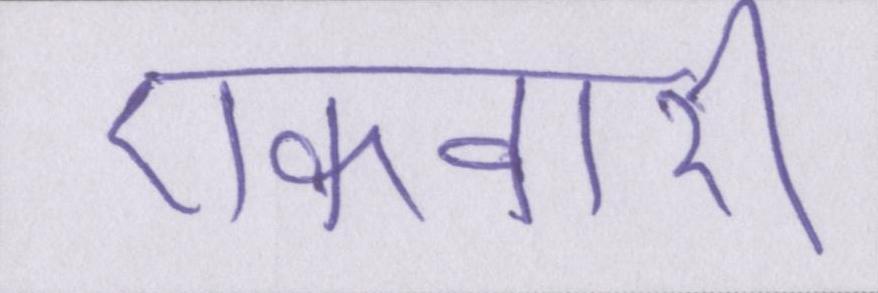
एकवारी